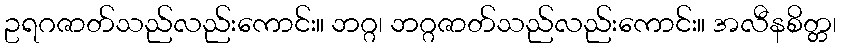
ဥရဂဇာတ်သည်လည်းကောင်း။ ဘဂ္ဂ၊ ဘဂ္ဂဇာတ်သည်လည်းကောင်း။ အလီနစိတ္တ၊